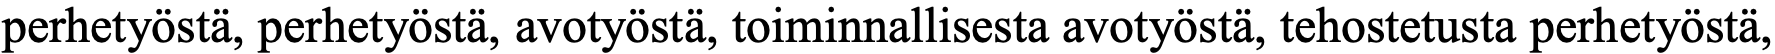
perhetyöstä, perhetyöstä, avotyöstä, toiminnallisesta avotyöstä, tehostetusta perhetyöstä,